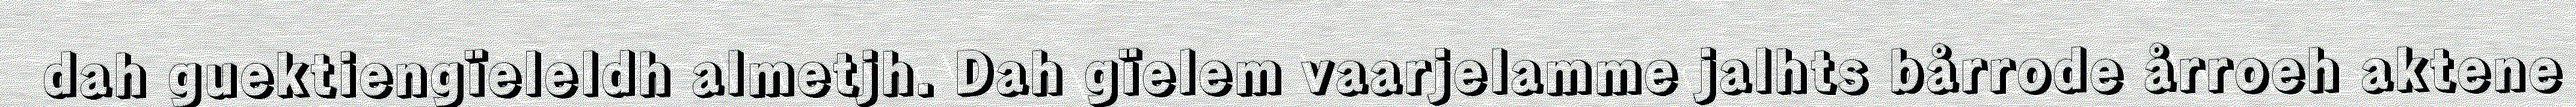
dah guektiengïeleldh almetjh. Dah gïelem vaarjelamme jalhts bårrode årroeh aktene